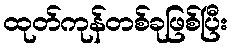
ထုတ်ကုန်တစ်ခုဖြစ်ပြီး